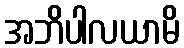
အဘိပါလယာမိ